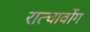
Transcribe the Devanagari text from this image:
रात्चावोंग